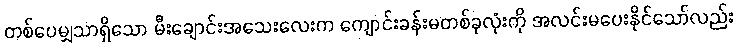
တစ်ပေမျှသာရှိသော မီးချောင်းအသေးလေးက ကျောင်းခန်းမတစ်ခုလုံးကို အလင်းမပေးနိုင်သော်လည်း